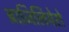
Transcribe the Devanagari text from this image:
ब्राजिलियेरो